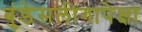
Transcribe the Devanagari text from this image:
बुंडेसलीगापेक्षा